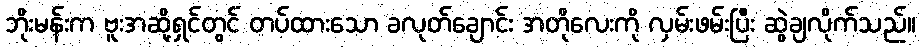
ဘိုးမန်းက ဗူးအဆို့ရှင်တွင် တပ်ထားသော ခလုတ်ချောင်း အတိုလေးကို လှမ်းဖမ်းပြီး ဆွဲချလိုက်သည်။